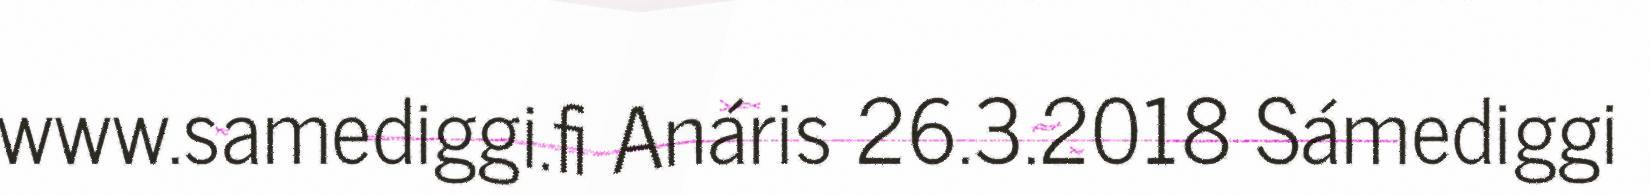
www.samediggi.fi Anáris 26.3.2018 Sámediggi